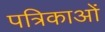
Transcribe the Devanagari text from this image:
पत्रिकाओं